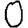
Digit: 0